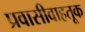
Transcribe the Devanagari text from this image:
प्रवासीवाहतूक